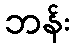
ဘန်း